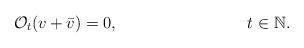
LaTeX: \begin{align*} & \mathcal O_t (v + \bar v ) = 0, & t \in \mathbb N. \end{align*}